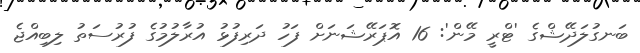
ބަނގުލަދޭޝްގެ 'ޓްރީ މޭން': 16 އޮޕަރޭޝަނަށް ފަހު ދަރިފުޅު އުރާލުމުގެ ފުރުސަތު ލިބިއްޖެ